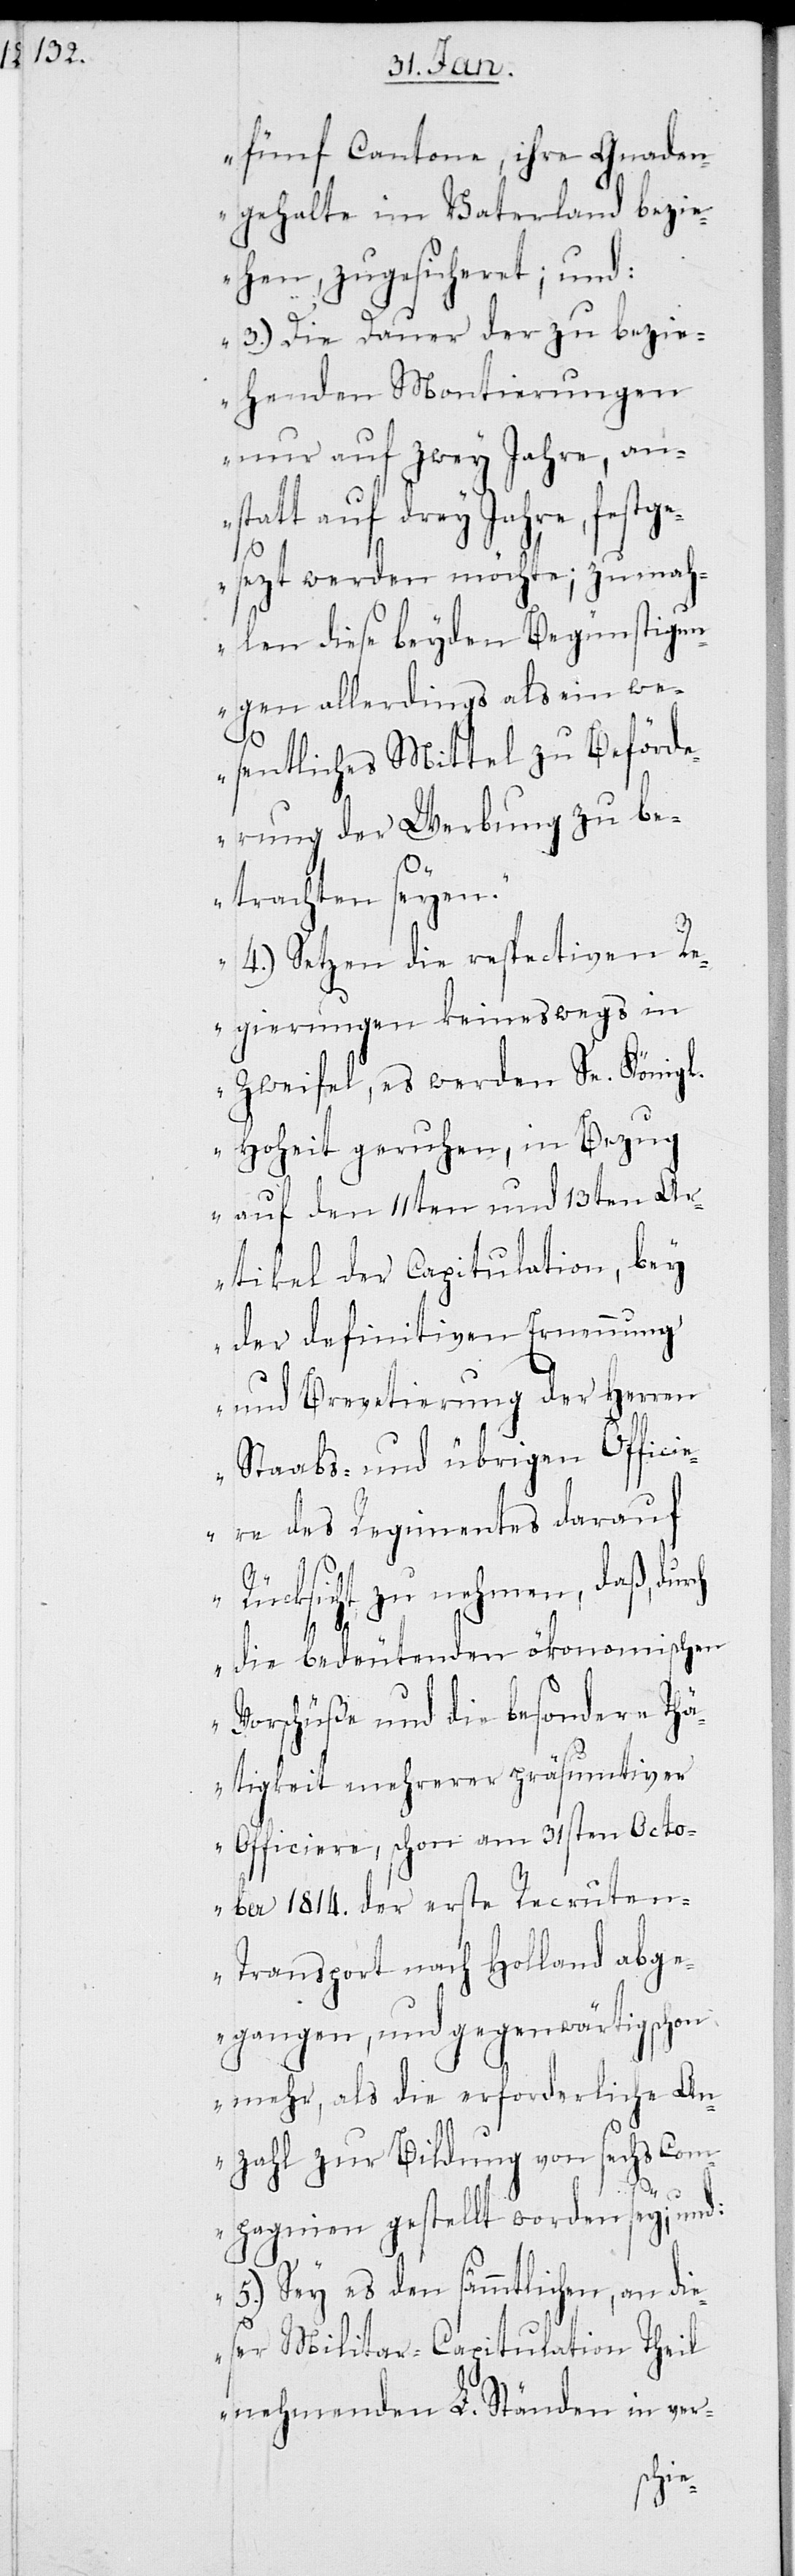
fünf Cantone, ihre Gnaden¬
gehalte im Vaterland bezi¬
ehen, zugesicheret; und:
3.) Die Dauer der zu bezie¬
henden Montierungen
nur auf zwey Jahre, an¬
statt auf drey Jahre, festge¬
sezt werden möchte; zumah¬
len diese beyden Begünstigun¬
gen allerdings als ein we¬
sentliches Mittel zu Beförde¬
rung der Werbung zu be¬
trachten seyen.
4.) Setzen die respectiven R¬
egierungen keineswegs in
Zweifel, es werden Sr. Königl.
Hoheit geruhen, in Bezug
auf den 11ten und 13ten Ar¬
tikel der Capitulation, bey
der definitiven Ernennung
und Brevetierung der Herren
Staabs- und übrigen Offici¬
ere des Regimentes darauf
Rücksicht zu nehmen, daß, du¬
rch
die bedeutenden ökonomischen
Vorschüße und die besondere Thä¬
tigkeit mehrerer präsumtiver
Officiere, schon am 31sten Octo¬
ber 1814. der erste Recrute¬
n-Transport nach Holland abge¬
gangen, und gegenwärtig schon
mehr, als die erforderliche An¬
zahl zur Bildung von sechs Com¬
pagnien gestellt worden sey; und:
5.) Sey es den sämmtlichen, an die¬
ser Militar-Capitulation Theil
nehmenden L. Ständen in ver-